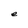
Character: e